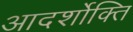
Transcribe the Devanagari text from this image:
आदर्शोक्ति